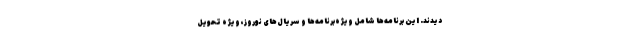
دیدند. این برنامه‌ها شامل ویژه‌برنامه‌ها و سریال‌های نوروز، ویژه تحویل